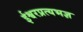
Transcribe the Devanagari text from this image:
ईश्वरप्रत्यभज्ञ